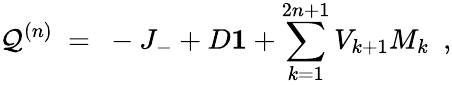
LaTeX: \mathcal{Q}^{(n)}\ =\ -J_{-}+D{\mathbf{1}}+\sum_{k=1}^{2n+1}V_{k+1}M_{k}\ \ ,